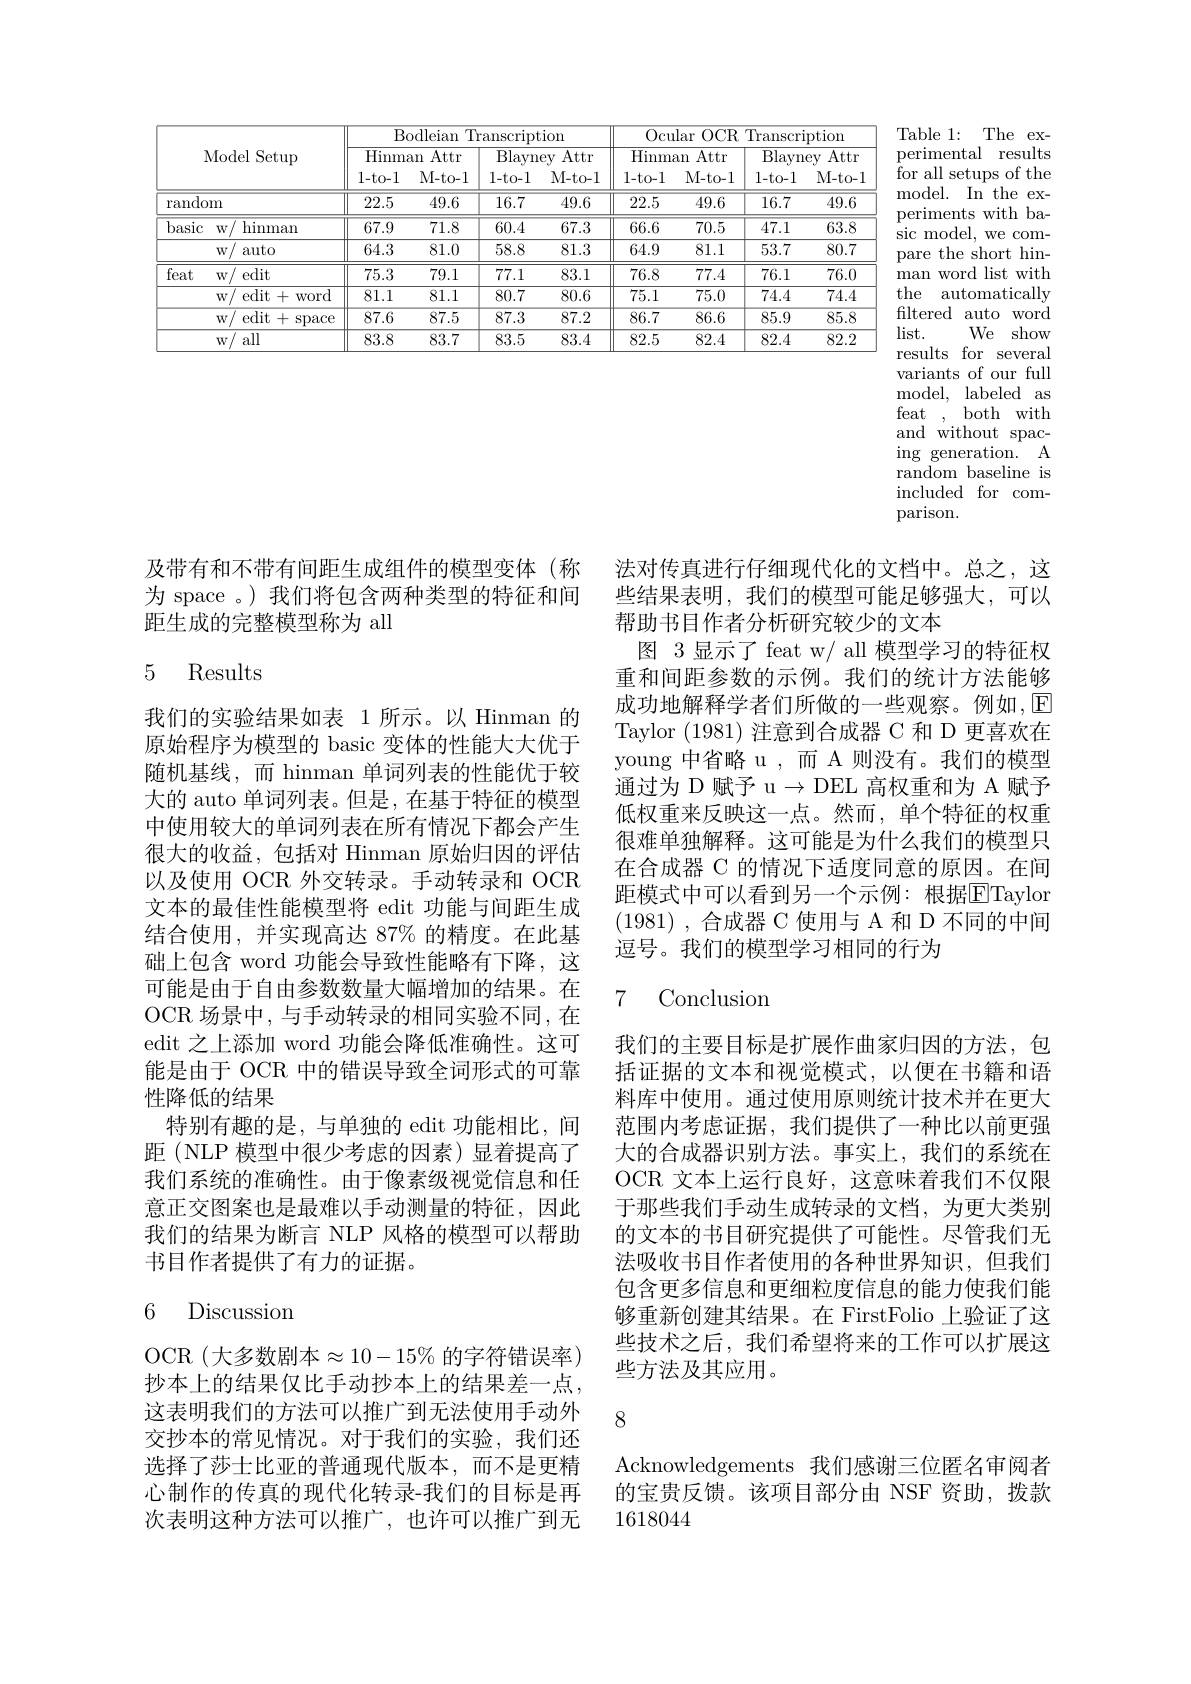
<table>
	<tbody>
		<tr>
			<th> </th>
			<th> </th>
			<th colspan="4">Bodleian Transcription</th>
			<th colspan="4">Ocular OCR ${\mathrm{R~Transcription}}$</th>
		</tr>
		<tr>
			<th>I</th>
			<th>$\operatorname{Model}\operatorname{Setup}$</th>
			<th>Hinm $1-\tan$</th>
			<th>Attr an M- to- 1</th>
			<th>$\overline{\text{Blayn}}$ 1-to- 1</th>
			<th>Attr $ey$ M- to- 1</th>
			<th>Hinm $1-\tan$</th>
			<th>Attr lan M- to- 1</th>
			<th>$\overline{\text{Blayn}}$ $1-\tan$</th>
			<th>Attr ey M- to- l</th>
		</tr>
		<tr>
			<td>rando</td>
			<td>m</td>
			<td>22.5</td>
			<td>49.6</td>
			<td>16.7</td>
			<td>49.6</td>
			<td>22.5</td>
			<td>49.6</td>
			<td>16.7</td>
			<td>49.6</td>
		</tr>
		<tr>
			<td rowspan="2">basic</td>
			<td>hinman $w/$</td>
			<td>67.9</td>
			<td>71.8</td>
			<td>60.4</td>
			<td>67.3</td>
			<td>66.6</td>
			<td>70.5</td>
			<td>47.1</td>
			<td>63.8</td>
		</tr>
		<tr>
			<td>$w/$ auto</td>
			<td>64.3</td>
			<td>81.0</td>
			<td>58.8</td>
			<td>81.3</td>
			<td>64.9</td>
			<td>81.1</td>
			<td>53.7</td>
			<td>80.7</td>
		</tr>
		<tr>
			<td rowspan="4">feat</td>
			<td>$w/$ edit</td>
			<td>75.3</td>
			<td>79.1</td>
			<td>77.1</td>
			<td>83.1</td>
			<td>76.8</td>
			<td>77.4</td>
			<td>76.1</td>
			<td>76.0</td>
		</tr>
		<tr>
			<td>$w/$ edit+v word</td>
			<td>81.1</td>
			<td>81.1</td>
			<td>80.7</td>
			<td>80.6</td>
			<td>75.1</td>
			<td>75.0</td>
			<td>74.4</td>
			<td>74.4</td>
		</tr>
		<tr>
			<td>edit $j+s$ $W.$ $\operatorname{space}$</td>
			<td>87.6</td>
			<td>87.5</td>
			<td>87.3</td>
			<td>87.2</td>
			<td>86.7</td>
			<td>86.6</td>
			<td>85.9</td>
			<td>85.8</td>
		</tr>
		<tr>
			<td>all $W.$</td>
			<td>83.8</td>
			<td>83.7</td>
			<td>83.5</td>
			<td>83.4</td>
			<td>82.5</td>
			<td>82.4</td>
			<td>82.4</td>
			<td>82.2</td>
		</tr>
	</tbody>
</table>
list.

Table 1: The experimental results ${\mathrm{for~all~setups~of~the}}$ model. In the experiments with basic model, we compare the short hinman word list with the automatically filtered auto word
We show
results for several variants of our full model, labeled as feat , both with and without spacing generation. A $\bar{\text{random baseline is}}$ included for comparison.

及带有和不带有间距生成组件的模型变体(称 法对传真进行仔细现代化的文档中。总之，这
为 space 。)我们将包含两种类型的特征和间
距生成的完整模型称为 all

## 5 Results

些结果表明，我们的模型可能足够强大，可以
帮助书目作者分析研究较少的文本
图 3 显示了 feat w/ all 模型学习的特征权重和间距参数的示例。我们的统计方法能够成功地解释学者们所做的一些观察。例如，回Taylor (1981)注意到合成器 C 和 D 更喜欢在young 中省略 u ,而 A 则没有。我们的模型通过为 D 赋予$\mathfrak{u}\to$DEL 高权重和为 A 赋予低权重来反映这一点。然而，单个特征的权重很难单独解释。这可能是为什么我们的模型只在合成器 C 的情况下适度同意的原因。在间距模式中可以看到另一个示例：根据$\overline{\mathrm{E}}$Taylor (1981) ,合成器 C 使用与 A 和 D 不同的中间逗号。我们的模型学习相同的行为

我们的实验结果如表 1 所示。以 Hinman 的原始程序为模型的 basic 变体的性能大大优于随机基线，而 hinman 单词列表的性能优于较大的 auto 单词列表。但是，在基于特征的模型中使用较大的单词列表在所有情况下都会产生很大的收益，包括对 Hinman 原始归因的评估以及使用 OCR 外交转录。手动转录和 OCR 文本的最佳性能模型将 edit 功能与间距生成结合使用，并实现高达 87% 的精度。在此基础上包含 word 功能会导致性能略有下降，这可能是由于自由参数数量大幅增加的结果。在OCR 场景中，与手动转录的相同实验不同，在edit 之上添加 word 功能会降低准确性。这可能是由于 OCR 中的错误导致全词形式的可靠性降低的结果
特别有趣的是，与单独的 edit 功能相比，间距 (NLP 模型中很少考虑的因素)显着提高了我们系统的准确性。由于像素级视觉信息和任意正交图案也是最难以手动测量的特征，因此我们的结果为断言 NLP 风格的模型可以帮助书目作者提供了有力的证据。

### 7 Conclusion

我们的主要目标是扩展作曲家归因的方法，包括证据的文本和视觉模式，以便在书籍和语料库中使用。通过使用原则统计技术并在更大范围内考虑证据，我们提供了一种比以前更强大的合成器识别方法。事实上，我们的系统在OCR 文本上运行良好，这意味着我们不仅限于那些我们手动生成转录的文档，为更大类别的文本的书目研究提供了可能性。尽管我们无法吸收书目作者使用的各种世界知识，但我们包含更多信息和更细粒度信息的能力使我们能够重新创建其结果。在 FirstFolio 上验证了这些技术之后，我们希望将来的工作可以扩展这些方法及其应用。

6 Discussion

8

OCR(大多数剧本$\approx10-15\%$ 的字符错误率) 抄本上的结果仅比手动抄本上的结果差一点， 这表明我们的方法可以推广到无法使用手动外交抄本的常见情况。对于我们的实验，我们还选择了莎士比亚的普通现代版本，而不是更精心制作的传真的现代化转录-我们的目标是再次表明这种方法可以推广，也许可以推广到无

Acknowledgements 我们感谢三位匿名审阅者的宝贵反馈。该项目部分由 NSF 资助，拨款1618044